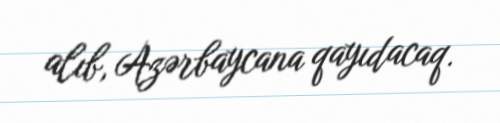
alıb, Azərbaycana qayıdacaq.